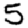
Digit: 5